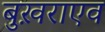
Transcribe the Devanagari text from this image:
बुख़राएव